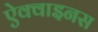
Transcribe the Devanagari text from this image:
ऐक्वाइनस